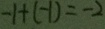
- 1 + ( - 1 ) = - 2